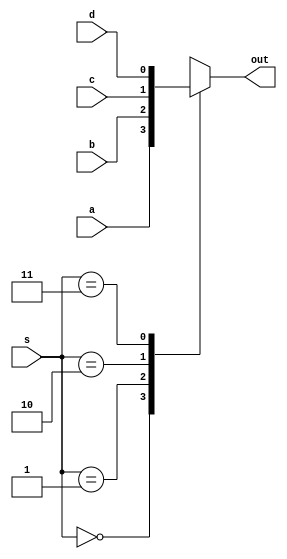
module mux_41 ( a, b, c, d, s, out);

input a, b, c, d;
input [1:0]s;
output reg out;

always @ (s)
begin

case (s)
2'b00 : out <= a;
2'b01 : out <= b;
2'b10 : out <= c;
2'b11 : out <= d;
endcase

end

endmodule